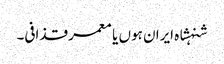
شنہشاہ ایران ہوں یا معمر قذافی۔